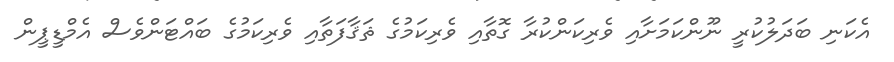
އެކަނި ބަދަލުކުރީ ނޫންކަމަށާއި ވެރިކަންކުރާ ގޮތާއި ވެރިކަމުގެ ޘަޤާފަތާއި ވެރިކަމުގެ ބައްޓަންވެސް އެމްޑީޕީން